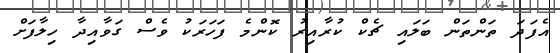
އެފަދަ ތަންތަން ބަލައި ޗެކް ކުރާއިރު ކޮންމެ ފަހަރަކު ވެސް ގަވާއިދާ ހިލާފަށް